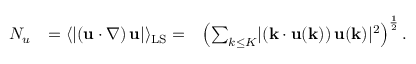
\begin{array} { r l r } { N _ { u } } & { = \langle \lvert \left( \mathbf { u } \cdot \boldsymbol { \nabla } \right) \mathbf { u } \rvert \rangle _ { \mathrm { L S } } = } & { \left( \sum _ { k \leq { K } } \lvert \left( \mathbf { k } \cdot \mathbf { u } ( \mathbf { k } ) \right) \mathbf { u } ( \mathbf { k } ) \rvert ^ { 2 } \right) ^ { \frac { 1 } { 2 } } . } \end{array}